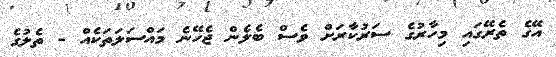
އޭގެ ތެރޭގައި މިހާރުގެ ސަރުކާރަށް ވެސް ބެލެން ޖެހޭނެ މައްސަލަތަކެއް - ތެލުގެ